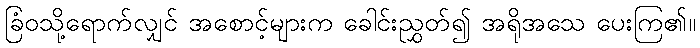
ခြံဝသို့ရောက်လျှင် အစောင့်များက ခေါင်းညွှတ်၍ အရိုအသေ ပေးကြ၏။